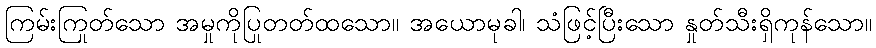
ကြမ်းကြုတ်သော အမှုကိုပြုတတ်ထသော။ အယောမုခါ၊ သံဖြင့်ပြီးသော နှုတ်သီးရှိကုန်သော။